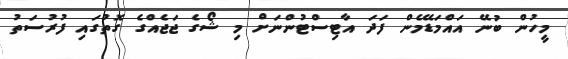
މީހުން ބުނޭ އައްމަޑޭމެން ފަދަ އާޓިސްޓުންނަށް މި ޝޯގެ ޖަޖެއްގެ ގޮތުގައި ފުރުސަތު